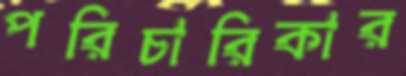
পরিচারিকার